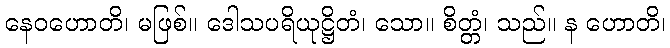
နေဝဟောတိ၊ မဖြစ်။ ဒေါသပရိယုဋ္ဌိတံ၊ သော။ စိတ္တံ၊ သည်။ န ဟောတိ၊